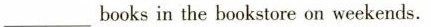
___books in the bookstore on weekends.